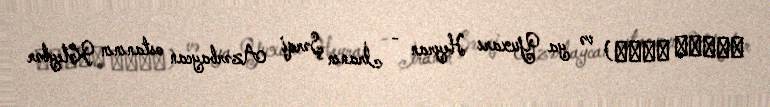
حيران عليا) və ya Yuxarı Heyran - İranın Şərqi Azərbaycan ostanının Kəleybər